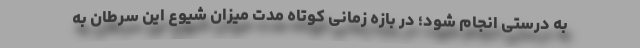
به درستی انجام شود؛ در بازه زمانی کوتاه مدت میزان شیوع این سرطان به